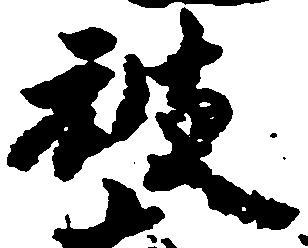
被